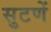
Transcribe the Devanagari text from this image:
सुटणें